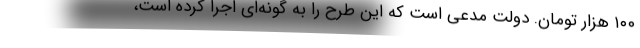
۱۰۰ هزار تومان. دولت مدعی است که این طرح را به گونه‌ای اجرا کرده است،